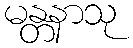
မန္တနာသု